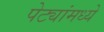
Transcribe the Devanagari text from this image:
पेट्यांमध्ये